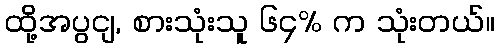
ထို့အပွငျ, စားသုံးသူ ၆၄% က သုံးတယ်။